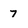
Character: 7